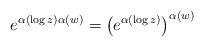
\begin{align*} e^{ \alpha\left(\log z \right) \alpha(w)} = \left(e^{ \alpha\left(\log z \right)}\right)^ {\alpha(w) } \end{align*}